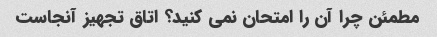
مطمئن چرا آن را امتحان نمی کنید؟ اتاق تجهیز آنجاست